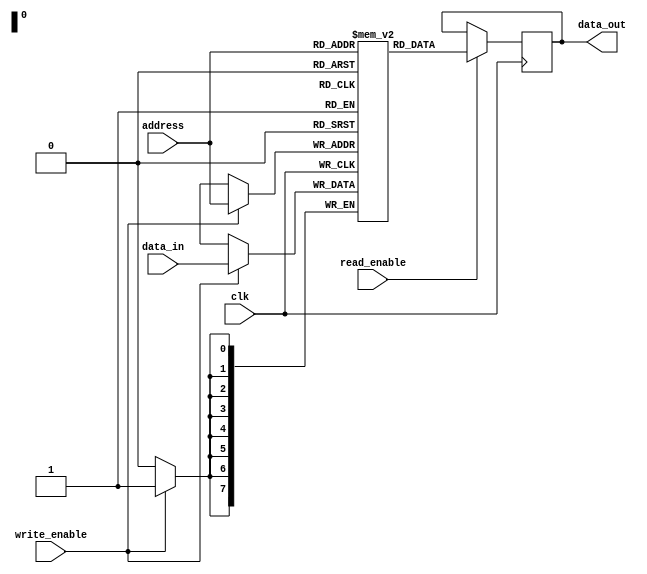
module MemoryBlock(
  input wire clk,
  input wire read_enable,
  input wire write_enable,
  input wire [7:0] address,
  input wire [7:0] data_in,
  output reg [7:0] data_out
);

reg [7:0] memory_array [0:255]; // Array of 256 memory blocks, each with 8 bits

always @ (posedge clk) begin
  if (read_enable) begin
    data_out <= memory_array[address];
  end

  if (write_enable) begin
    memory_array[address] <= data_in;
  end
end

endmodule